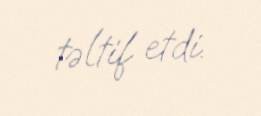
təltif etdi.